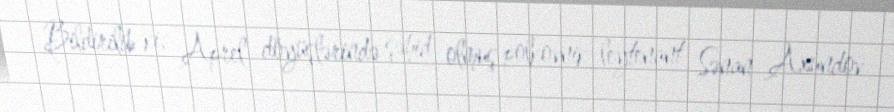
Bildirilib ki, Aprel döyüşlərində şəhid olmuş polkovnik-leytenant Sənan Axundov